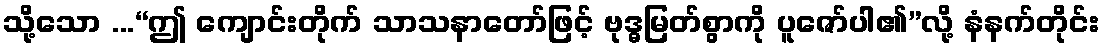
သို့သော ...“ဤ ကျောင်းတိုက် သာသနာတော်ဖြင့် ဗုဒ္ဓမြတ်စွာကို ပူဇော်ပါ၏”လို့ နံနက်တိုင်း